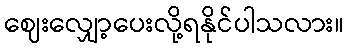
ဈေးလျှော့ပေးလို့ရနိုင်ပါသလား။